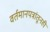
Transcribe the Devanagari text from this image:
वर्तमानपत्रांतूनही